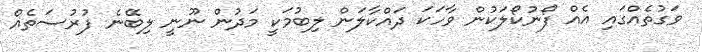
ވަގުތެއްގައި އެއް ފޯނުކޯލަކުން ވާހަކަ ދައްކާލަން ލިބުމަކީ މަދުން ނޫނީ ލިބޭނެ ފުރުސަތެއް